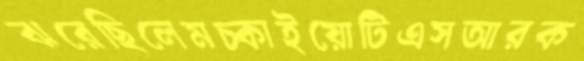
ঝরেছিলেমচ্‌কাইয়োটিএসআরক